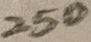
Text: 250